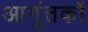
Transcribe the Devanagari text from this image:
आगुंतकों